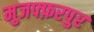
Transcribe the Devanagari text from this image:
मुजफ्फ़रपुर